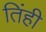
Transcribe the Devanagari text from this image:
तिंही